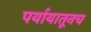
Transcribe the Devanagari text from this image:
पर्यायातूनच